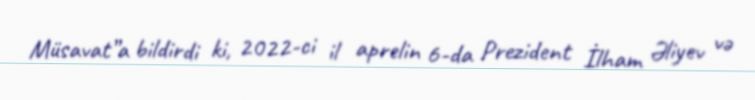
Müsavat”a bildirdi ki, 2022-ci il aprelin 6-da Prezident İlham Əliyev və